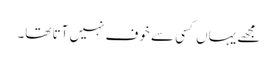
مجھے یہاں کسی سے خوف نہیں آتا تھا۔